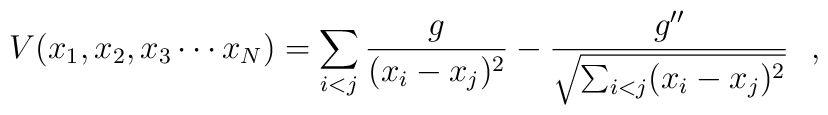
V( x_1, x_2, x_3 \cdots x_N) = \sum_{i <j}{g \over {(x_i - x_j)^2}} - \frac{g^{\prime\prime}}{\sqrt{\sum_{i<j}(x_i -x_j)^2}} \, \, \, \, ,